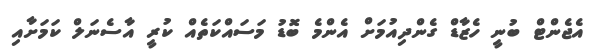
އެޖެންޓް ބުނީ ހެޒާޑް ގެންދިއުމަށް އެންމެ ބޮޑު މަސައްކަތެއް ކުރީ އާސެނަލް ކަމަށާއި